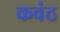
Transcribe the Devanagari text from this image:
कवंठ